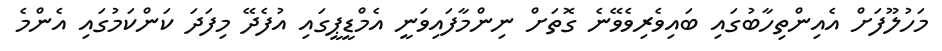
މަހުލޫފަށް އެއިންތިހާބުގައި ބައިވެރިވެވޭނެ ގޮތަށް ނިންމާފައިވަނީ އެމްޑީޕީގައި އުފެދޭ މިފަދަ ކަންކަމުގައި އެންމެ